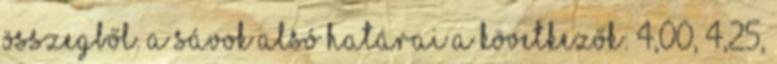
összegből. A sávok alsó határai a következők: 4,00, 4,25,